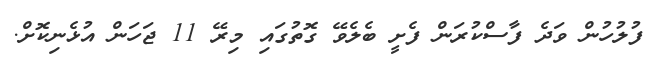
ފުލުހުން ވަދެ ފާސްކުރަން ފެށީ ބެލެވޭ ގޮތުގައި މިރޭ 11 ޖަހަން އުޅެނިކޮށް.